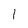
Character: 1